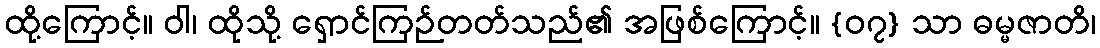
ထို့ကြောင့်။ ဝါ၊ ထိုသို့ ရှောင်ကြဉ်တတ်သည်၏ အဖြစ်ကြောင့်။ {၀၇} သာ ဓမ္မဇာတိ၊